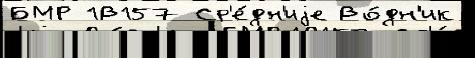
БМР 1В157 Ср'е́дн'иjе Во́дн'ик